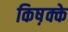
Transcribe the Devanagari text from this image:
किष़क्के